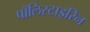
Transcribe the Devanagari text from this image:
पॉलिस्टाइरिन